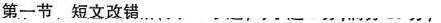
第一节.短文改错